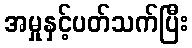
အမှုနှင့်ပတ်သက်ပြီး